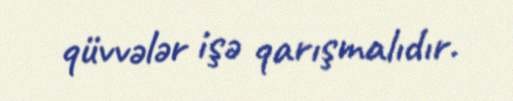
qüvvələr işə qarışmalıdır.